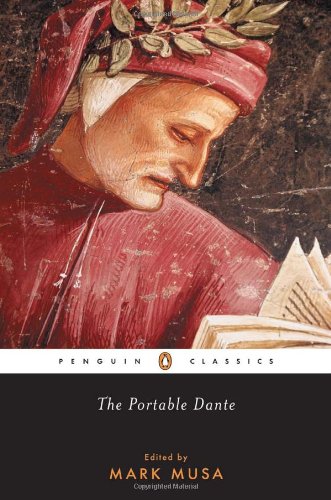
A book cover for The Portable Dante (Penguin Classics); Dante Alighieri; Literature & Fiction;